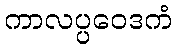
ကာလပ္ပဝေဒကံ